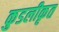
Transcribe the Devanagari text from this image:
कुडलीकृत